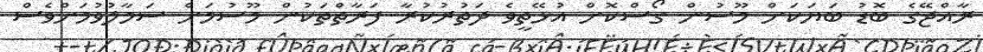
ރާއްޖޭގެ ބޮޑު ބަޔަކަށް މޫސުން ގޯސްކޮށް އުޅޭތީވެ ދަތުރުކުރާ ފަރާތްތަކުން މޫސުމަށް ސަމާލުވުމަށްވެސް